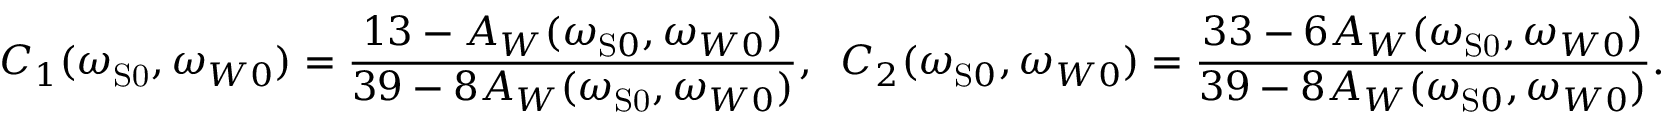
C _ { 1 } ( \omega _ { \mathrm { { S } 0 } } , \omega _ { W 0 } ) = \frac { 1 3 - A _ { W } ( \omega _ { \mathrm { S } 0 } , \omega _ { W 0 } ) } { 3 9 - 8 A _ { W } ( \omega _ { \mathrm { { S } 0 } } , \omega _ { W 0 } ) } , \; \; C _ { 2 } ( \omega _ { \mathrm { S } 0 } , \omega _ { W 0 } ) = \frac { 3 3 - 6 A _ { W } ( \omega _ { \mathrm { { S } 0 } } , \omega _ { W 0 } ) } { 3 9 - 8 A _ { W } ( \omega _ { \mathrm { S } 0 } , \omega _ { W 0 } ) } .